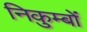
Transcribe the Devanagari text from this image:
निकुम्बों